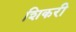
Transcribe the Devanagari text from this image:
शिकरी